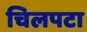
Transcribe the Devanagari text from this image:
चिलपटा